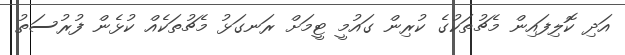
އަދި ކޮލިފައިން މެޗުތަކުގެ ކުރިން ގައުމީ ޓީމަށް ރަނގަޅު މެޗުތަކެއް ކުޅެން ފުރުސަތު